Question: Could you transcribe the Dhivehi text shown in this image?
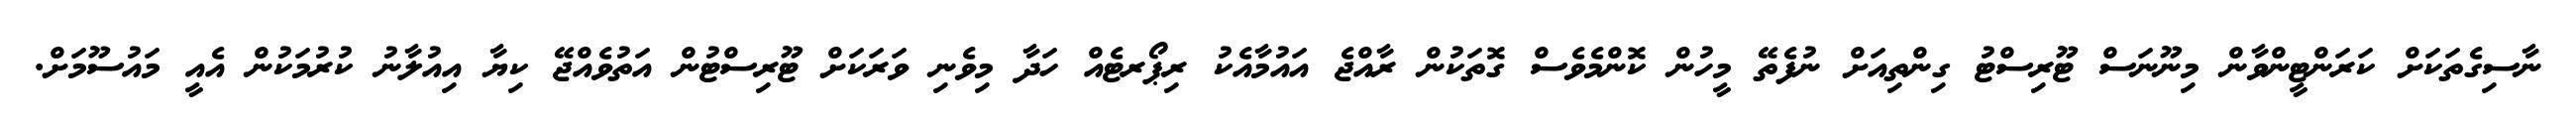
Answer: ނާސިގެތަކަށް ކަރަންޓީންވާން މިނޫނަސް ޓޫރިސްޓު ގިންތިއަށް ނުފެތޭ މީހުން ކޮންމެވެސް ގޮތަކުން ރާއްޖެ އައުމާއެކު ރިޕޯރޓެއް ހަދާ މިވެނި ވަރަކަށް ޓޫރިސްޓުން އަތުވެއްޖޭ ކިޔާ އިއުލާނު ކުރުމަކުން އެއީ މައުސޫމަށް.